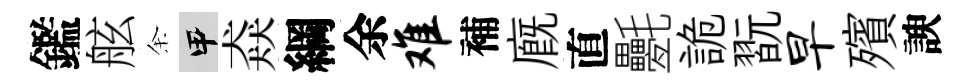
鑑舷余甲猋綱余难補廐直氎詭翫早殯諛